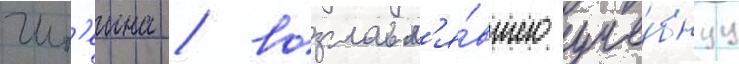
Шт'еина / возглавл'я́вшего уче́бнуу